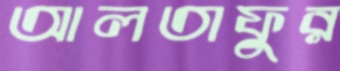
আলতাফুর